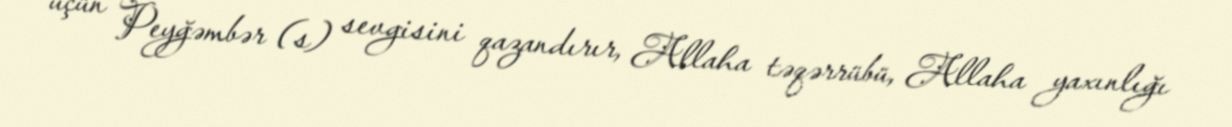
üçün Peyğəmbər (s) sevgisini qazandırır, Allaha təqərrübü, Allaha yaxınlığı